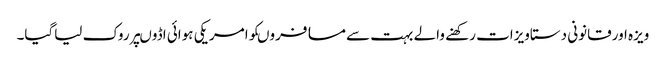
ویزہ اورقانونی دستاویزات رکھنے والے بہت سے مسافروںکوامریکی ہوائی اڈوںپرروک لیاگیا۔